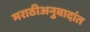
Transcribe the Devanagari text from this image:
मराठीअनुवादांत